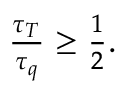
\begin{array} { r } { \frac { \tau _ { T } } { \tau _ { q } } \geq \frac { 1 } { 2 } . } \end{array}